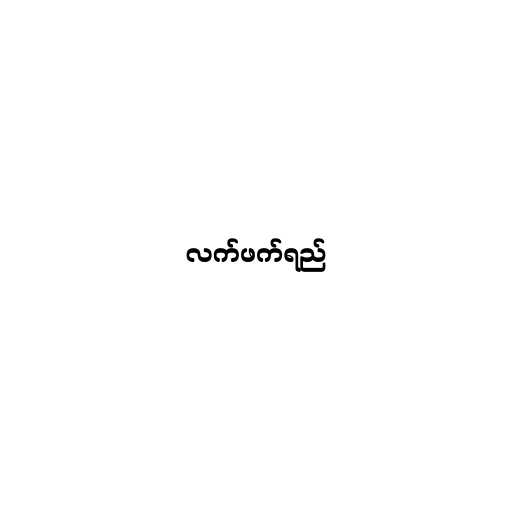
လက်ဖက်ရည်